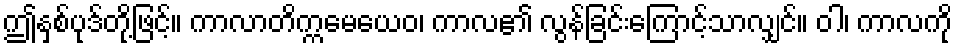
ဤနှစ်ပုဒ်တို့ဖြင့်။ ကာလာတိက္ကမေယေဝ၊ ကာလ၏ လွန်ခြင်းကြောင့်သာလျှင်။ ဝါ၊ ကာလကို